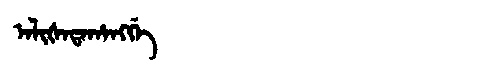
Manchu: ᠠᠯᡳᡧᠠᡨᠠᡥᠠᠩᡤᡝ
Romanization: ALIŠATAHANGGE